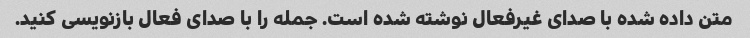
متن داده شده با صدای غیرفعال نوشته شده است. جمله را با صدای فعال بازنویسی کنید.